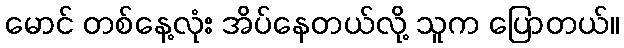
မောင် တစ်နေ့လုံး အိပ်နေတယ်လို့ သူက ပြောတယ်။